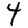
Digit: 4